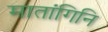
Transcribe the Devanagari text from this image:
मातांगिनि